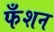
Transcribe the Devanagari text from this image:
फँशन